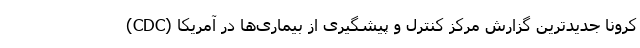
کرونا جدیدترین گزارش مرکز کنترل و پیشگیری از بیماری‌ها در آمریکا (CDC)